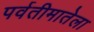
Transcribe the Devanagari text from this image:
पर्वतीमातेला